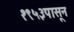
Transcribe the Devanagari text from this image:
१९५३पासून